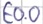
Text: E0.0